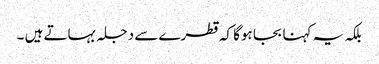
بلکہ یہ کہنا بجا ہوگا کہ قطرے سے دجلہ بہاتے ہیں ۔